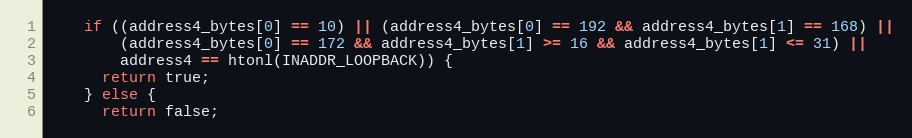
Language: C++
    if ((address4_bytes[0] == 10) || (address4_bytes[0] == 192 && address4_bytes[1] == 168) ||
        (address4_bytes[0] == 172 && address4_bytes[1] >= 16 && address4_bytes[1] <= 31) ||
        address4 == htonl(INADDR_LOOPBACK)) {
      return true;
    } else {
      return false;